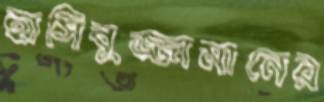
হাসিবুজ্জামানের